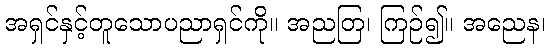
အရှင်နှင့်တူသောပညာရှင်ကို။ အညတြ၊ ကြဉ်၍။ အညေန၊